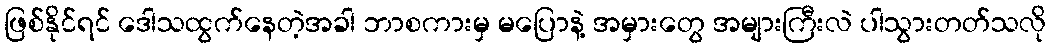
ဖြစ်နိုင်ရင် ဒေါသထွက်နေတဲ့အခါ ဘာစကားမှ မပြောနဲ့ အမှားတွေ အများကြီးလဲ ပါသွားတတ်သလို